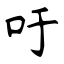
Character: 吁